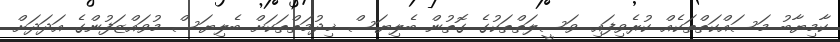
ކާމިޔާބު މަސައްކަތްތަކެއް ކުރެވިފައި. ވަސީލަތްތަކުގެ ގޮތުން ބެލިޔަސް ޚިދުމަތްތަކަށް ބެލިޔަސް މުވައްޒަފުންގެ އަދަދަށް